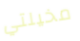
مخيلتي